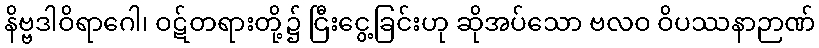
နိဗ္ဗဒါဝိရာဂေါ၊ ဝဋ်တရားတို့၌ ငြီးငွေ့ခြင်းဟု ဆိုအပ်သော ဗလဝ ဝိပဿနာဉာဏ်